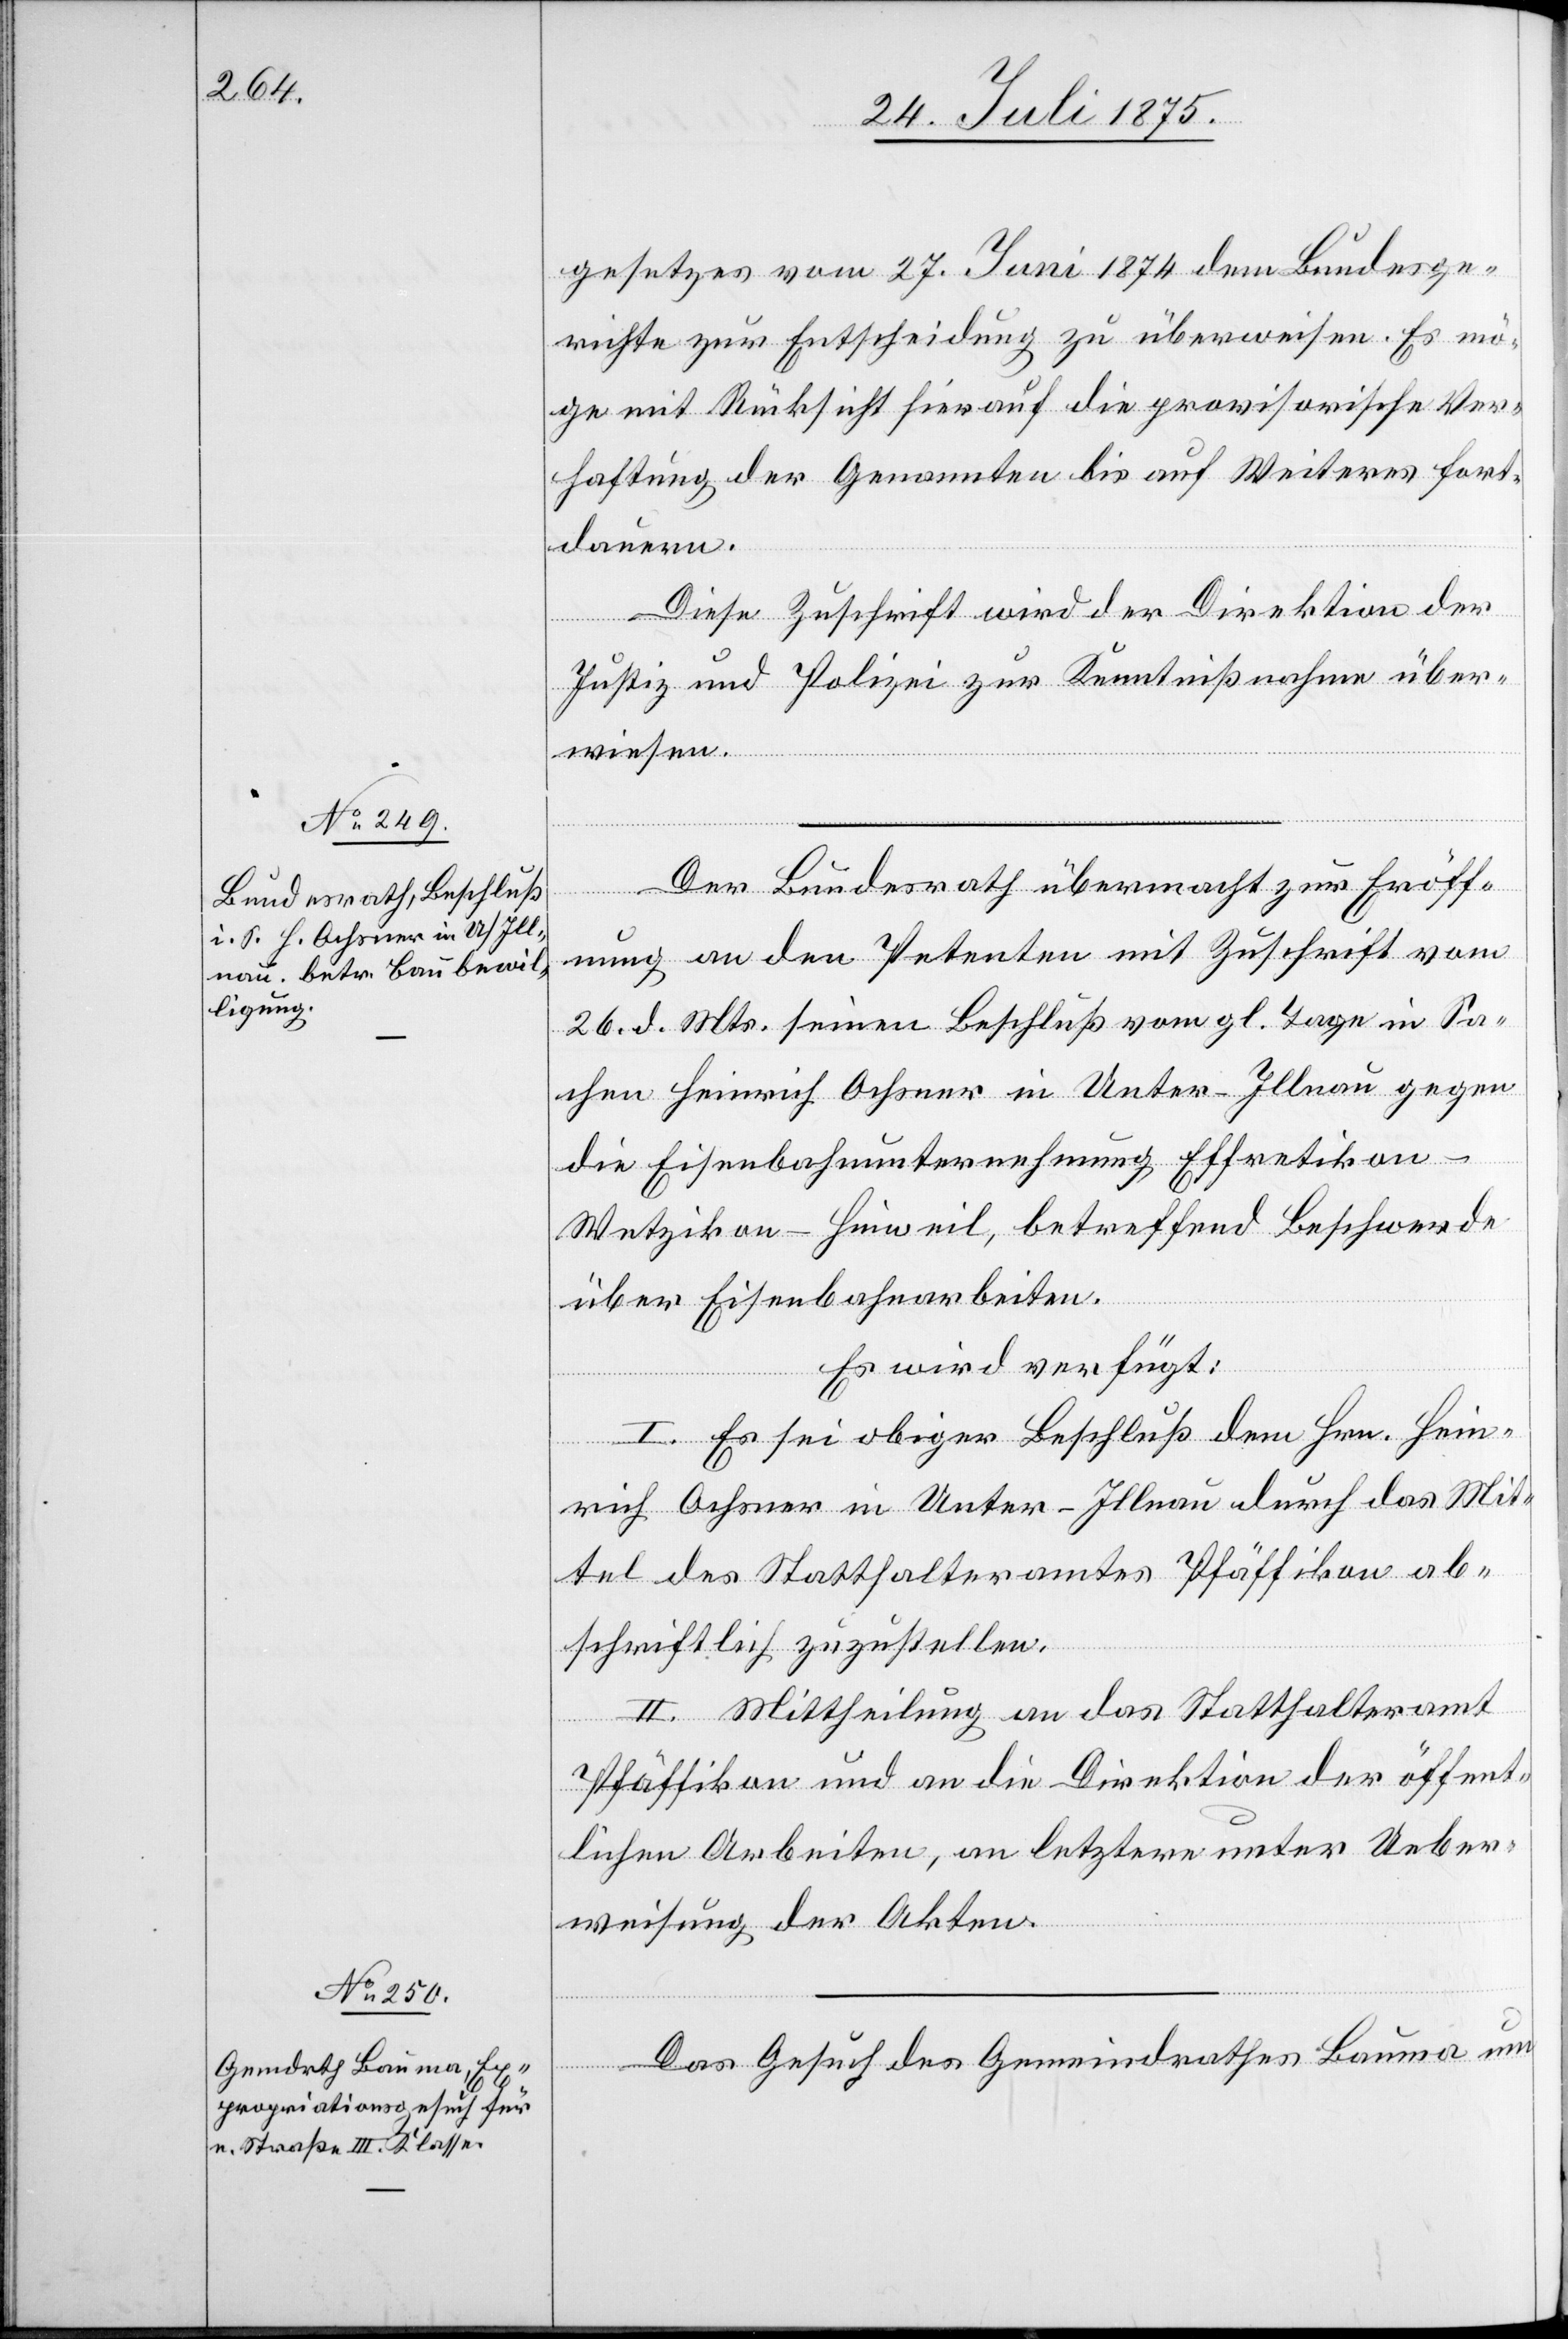
28. Juli 1875.]
gesetzes vom 27. Juni 1874 dem Bundesge¬
richte zur Entscheidung zu überweisen. Es mö¬
ge mit Rücksicht hierauf die provisorische Ver¬
haftung der Genannten bis auf Weiteres fort¬
dauern.
Diese Zuschrift wird der Direktion der
Justiz und Polizei zur Kenntnißnahme über¬
wiesen.
Der Bundesrath übermacht zur Eröff¬
nung an den Petenten mit Zuschrift vom
26. d. Mts. seinen Beschluß vom gl. Tage in Sa¬
chen Heinrich Ochsner in Unter-Illnau gegen
die Eisenbahnunternehmung Effretikon–W¬
etzikon–Hinweil, betreffend Beschwerde
über Eisenbahnarbeiten.
Es wird verfügt:
I. Es sei obiger Beschluß dem Hrn. Hein¬
rich Ochsner in Unter-Illnau durch das Mit¬
tel des Statthalteramtes Pfäffikon ab¬
schriftlich zuzustellen.
II. Mittheilung an das Statthalteramt
Pfäffikon und an die Direktion der öffent¬
lichen Arbeiten, an letztere unter Ueber¬
weisung der Akten.
Das Gesuch des Gemeindrathes Baum um